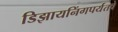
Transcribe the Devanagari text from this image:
डिझायनिंगपर्यंतचे